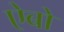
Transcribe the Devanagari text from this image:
ऐबो